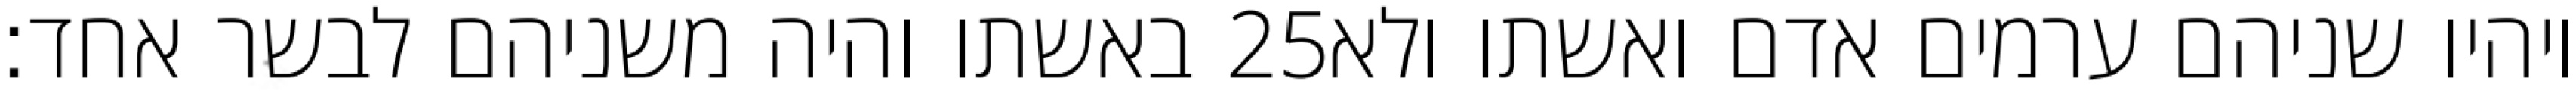
באשתו והיה משניהם לבשר אחד׃ ‎25‏ ויהיו שניהם ערמים אדם ואשתו ולא